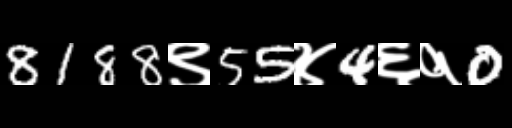
Text: 8188९55४4६१0